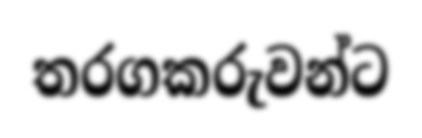
තරගකරුවන්ට